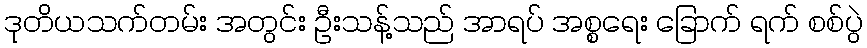
ဒုတိယသက်တမ်း အတွင်း ဦးသန့်သည် အာရပ် အစ္စရေး ခြောက် ရက် စစ်ပွဲ